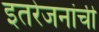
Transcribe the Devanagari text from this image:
इतरेजनांची